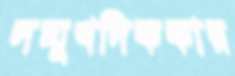
সম্মুখদিককার